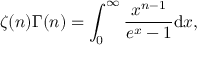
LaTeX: \zeta ( n ) { \Gamma ( n ) } = \int _ { 0 } ^ { \infty } { \frac { x ^ { n - 1 } } { e ^ { x } - 1 } } \mathrm { d } x ,